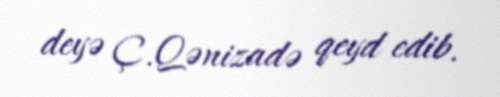
deyə Ç.Qənizadə qeyd edib.